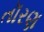
તૉરણ